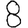
Digit: 8